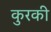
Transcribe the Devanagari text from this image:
कुरकी